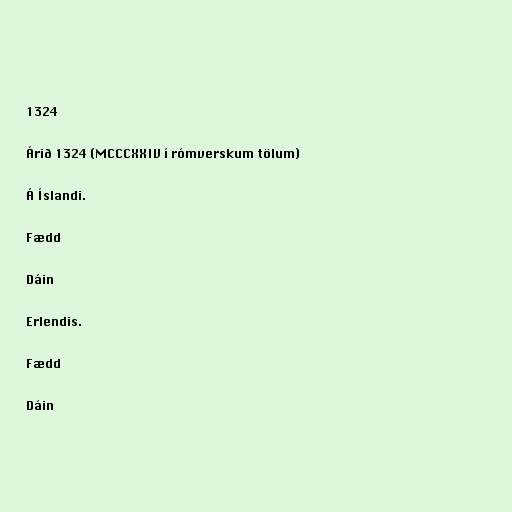
1324

Árið 1324 (MCCCXXIV í rómverskum tölum)

Á Íslandi.

Fædd

Dáin

Erlendis.

Fædd

Dáin